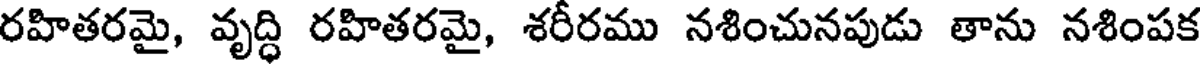
రహితరమై, వృద్ధి రహితరమై, శరీరము నశించునపుడు తాను నశింపక